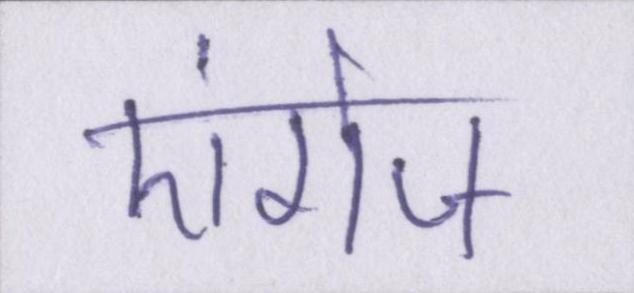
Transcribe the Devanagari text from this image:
एंगेज